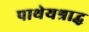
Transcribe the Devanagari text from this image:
पाथेयश्राद्ध